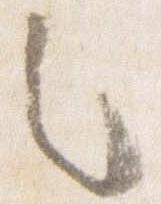
之